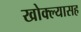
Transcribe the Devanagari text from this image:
खोक्ल्यासह